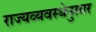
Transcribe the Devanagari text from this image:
राज्यव्यवस्थेनुसार